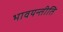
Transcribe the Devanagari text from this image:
भावयन्तीति